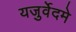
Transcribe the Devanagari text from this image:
यजुर्वेदमे